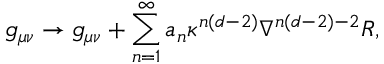
g _ { \mu \nu } \rightarrow g _ { \mu \nu } + \sum _ { n = 1 } ^ { \infty } a _ { n } \kappa ^ { n ( d - 2 ) } \nabla ^ { n ( d - 2 ) - 2 } R ,